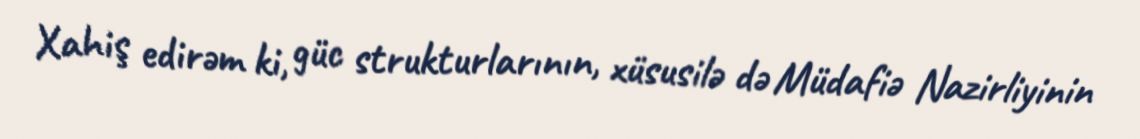
Xahiş edirəm ki, güc strukturlarının, xüsusilə də Müdafiə Nazirliyinin